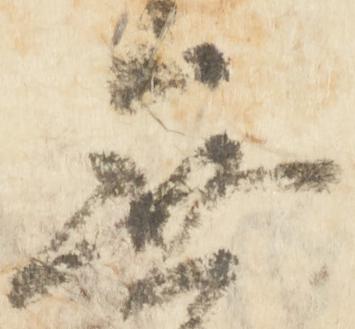
無